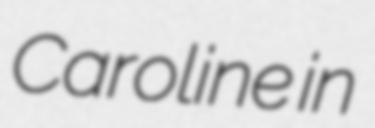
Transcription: Caroline in